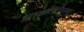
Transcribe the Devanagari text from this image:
चतुष्कोटिविनिर्मुक्त